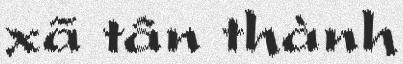
xã tân thành